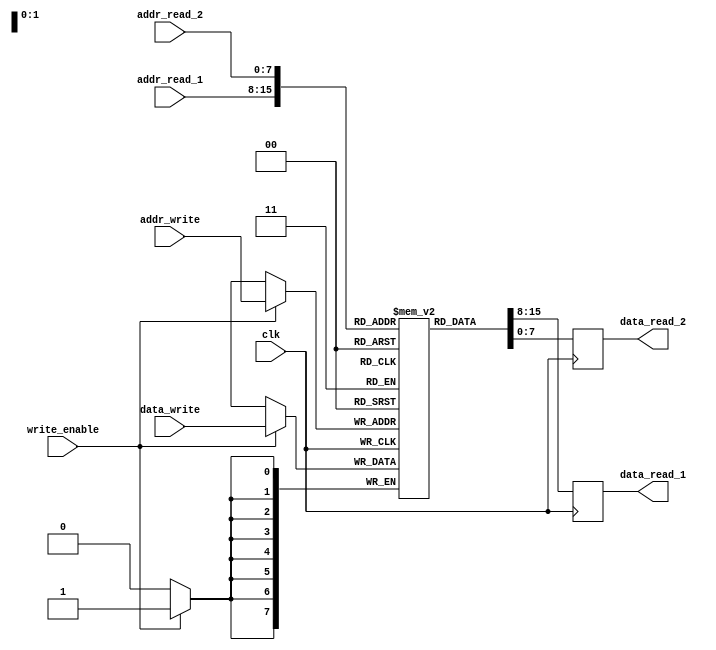
module dual_port_ram (
    input wire clk,
    input wire [7:0] addr_write,
    input wire [7:0] data_write,
    input wire write_enable,
    input wire [7:0] addr_read_1,
    output reg [7:0] data_read_1,
    input wire [7:0] addr_read_2,
    output reg [7:0] data_read_2
);

reg [7:0] memory [0:255];

always @(posedge clk) begin
    if (write_enable) begin
        memory[addr_write] <= data_write;
    end
    data_read_1 <= memory[addr_read_1];
    data_read_2 <= memory[addr_read_2];
end

endmodule